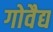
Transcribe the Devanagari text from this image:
गोवैद्य